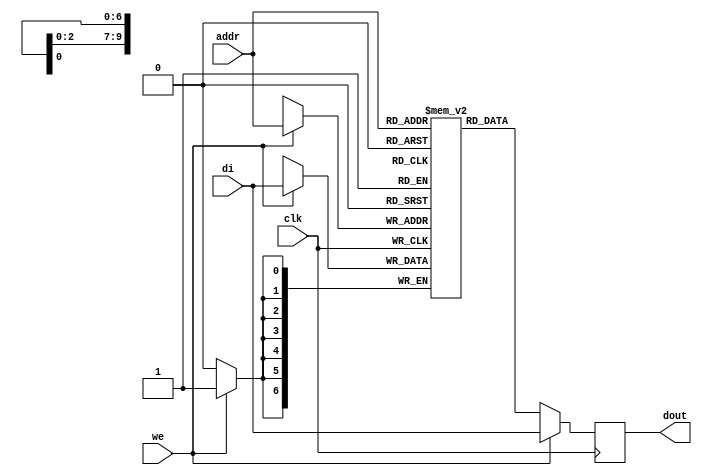

module rams_sp_wf_1024x7 (clk, we, addr, di, dout);
input clk;
input we;
input [9:0] addr;
input [6:0] di;
output [6:0] dout;

reg [6:0] RAM [1023:0];
reg [6:0] dout;



always @(posedge clk)
    begin
        if (we)
        begin
            RAM[addr] <= di;
            dout <= di;
        end
        else
            dout <= RAM[addr];
    end
endmodule